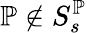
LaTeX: \mathbb{P}\notin S_{s}^{\mathbb{P}}